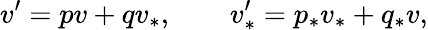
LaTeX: v^{\prime}=pv+qv_{\ast},\qquad v_{\ast}^{\prime}=p_{\ast}v_{\ast}+q_{\ast}v,